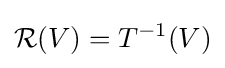
{\mathcal {R}}(V)=T^{-1}(V)